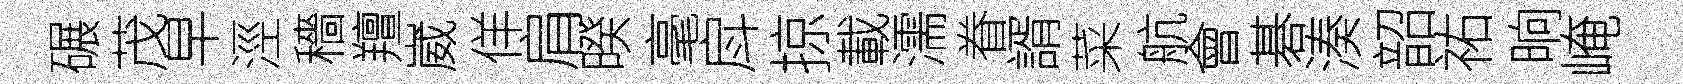
碾茂早涇穡羶崴佯肩暌毫戽掠載濡眷諝菜航會碁湊韶祐晌崦